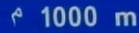
¹1000 m